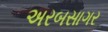
અરબસાગર